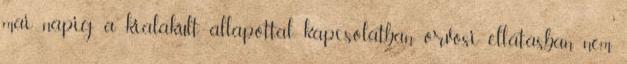
mai napig a kialakult állapottal kapcsolatban orvosi ellátásban nem